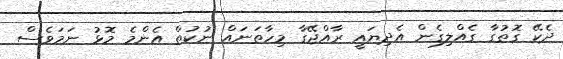
ދެކޭ ގޮތުގާ ގެއްލިގެން އެދިޔައީ ރާއްޖޭގާ މިހާތަނައް ނުކުތް އެންމެ މޮޅު ނަމަވެސް